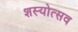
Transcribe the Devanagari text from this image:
शस्योत्सव